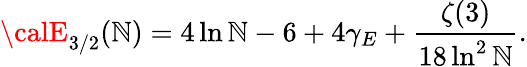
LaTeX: {\calE}_{3/2}(\mathbb{N})=4\ln\mathbb{N}-6+4\gamma_{E}+\frac{{\zeta(3)}}{{18\ln^{2}\mathbb{N}}}.